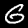
Label: 6